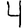
Digit: 4